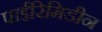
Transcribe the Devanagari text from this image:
पाईरिमिडीन